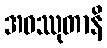
အဝဿုတာနိ